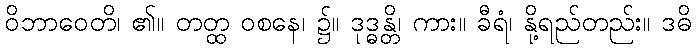
ဝိဘာဝေတိ၊ ၏။ တတ္ထ ဝစနေ၊ ၌။ ဒုဒ္ဓန္တိ၊ ကား။ ခီရံ၊ နို့ရည်တည်း။ ဒဓိ